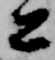
公